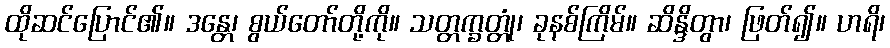
ထိုဆင်ပြောင်၏။ ဒန္တေ၊ စွယ်တော်တို့ကို။ သတ္တက္ခတ္တုံ၊ ခုနစ်ကြိမ်။ ဆိန္ဒိတွာ၊ ဖြတ်၍။ ဟရိ၊